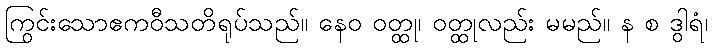
ကြွင်းသောဧကဝီသတိရုပ်သည်။ နေဝ ဝတ္ထု၊ ဝတ္ထုလည်း မမည်။ န စ ဒွါရံ၊